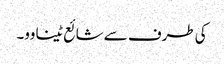
کی طرف سے شائع ٹینا وو۔